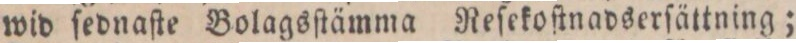
wid ſednaſte Bolagsſtämma Reſekoſtnadserſättning;